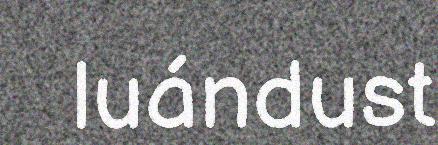
luándust